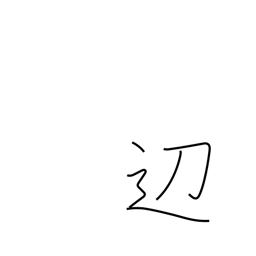
Meaning: border